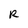
Character: R